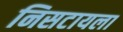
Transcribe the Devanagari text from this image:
निसटायला